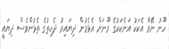
ހޫނު ނޭވާ އެކަކު އަނެކަކުގެ މޫނަށް އެޅެމުން ދިޔައިރު ދެހިތުގެ ތެޅުންވެސް ދިޔައީ